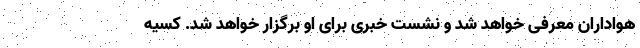
هواداران معرفی خواهد شد و نشست خبری برای او برگزار خواهد شد. کسیه